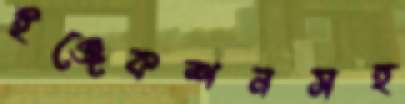
ইঞ্জেকশনসহ